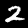
Digit: 2